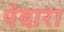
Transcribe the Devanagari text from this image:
पंदारा